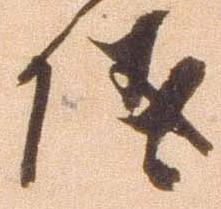
儀